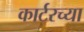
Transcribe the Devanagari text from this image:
कार्टरच्या